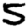
Digit: 5